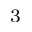
_ { 3 }